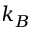
k _ { B }